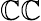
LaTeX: \mathbb{C}\mathbb{C}